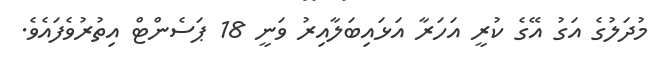
މުދަލުގެ އަގު އޭގެ ކުރީ އަހަރާ އަޅައިބަލާއިރު ވަނީ 18 ޕަސެންޓް އިތުރުވެފައެވެ.